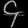
Digit: ၄